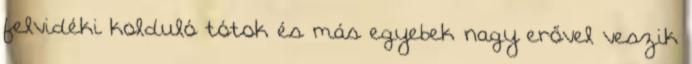
felvidéki kolduló tótok és más egyebek nagy erővel veszik